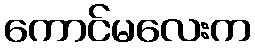
ကောင်မလေးက